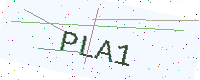
Text: PLA1